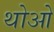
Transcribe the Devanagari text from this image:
थोआे